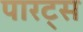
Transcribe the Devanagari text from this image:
पारट्स